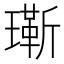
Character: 𬎔